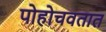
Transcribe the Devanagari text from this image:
पोहोचवतात